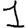
Digit: 1